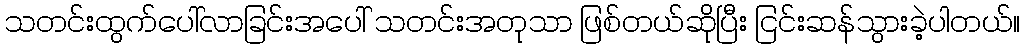
သတင်းထွက်ပေါ်လာခြင်းအပေါ် သတင်းအတုသာ ဖြစ်တယ်ဆိုပြီး ငြင်းဆန်သွားခဲ့ပါတယ်။